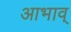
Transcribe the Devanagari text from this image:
आभाव्